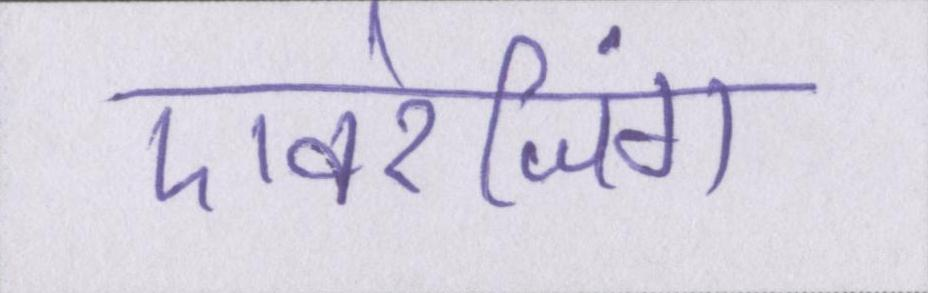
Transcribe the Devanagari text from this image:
एवरेजिंग